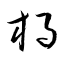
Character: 棏